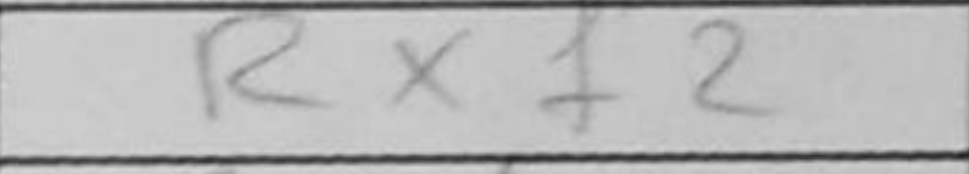
Transcription: Rxf2